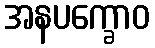
အနပက္ခောဝ